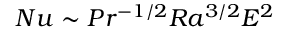
N u \sim P r ^ { - 1 / 2 } R a ^ { 3 / 2 } E ^ { 2 }